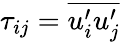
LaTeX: \tau_{ij}=\overline{{u_{i}^{\prime}u_{j}^{\prime}}}